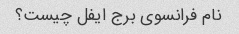
نام فرانسوی برج ایفل چیست؟